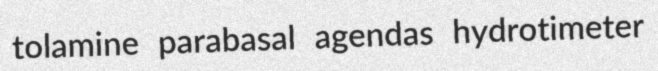
tolamine parabasal agendas hydrotimeter